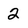
Character: 2